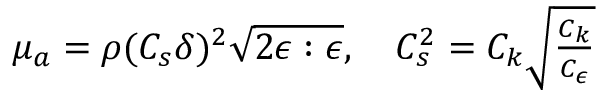
\begin{array} { r } { \mu _ { a } = \rho ( C _ { s } \delta ) ^ { 2 } \sqrt { 2 \boldsymbol { \epsilon } : \boldsymbol { \epsilon } } , \quad C _ { s } ^ { 2 } = C _ { k } \sqrt { \frac { C _ { k } } { C _ { \epsilon } } } } \end{array}